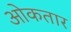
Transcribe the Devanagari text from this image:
ओकतार